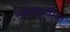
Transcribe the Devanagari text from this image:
स्कंधातील